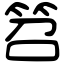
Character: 笤